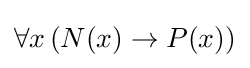
\forall x\,(N(x)\to P(x))